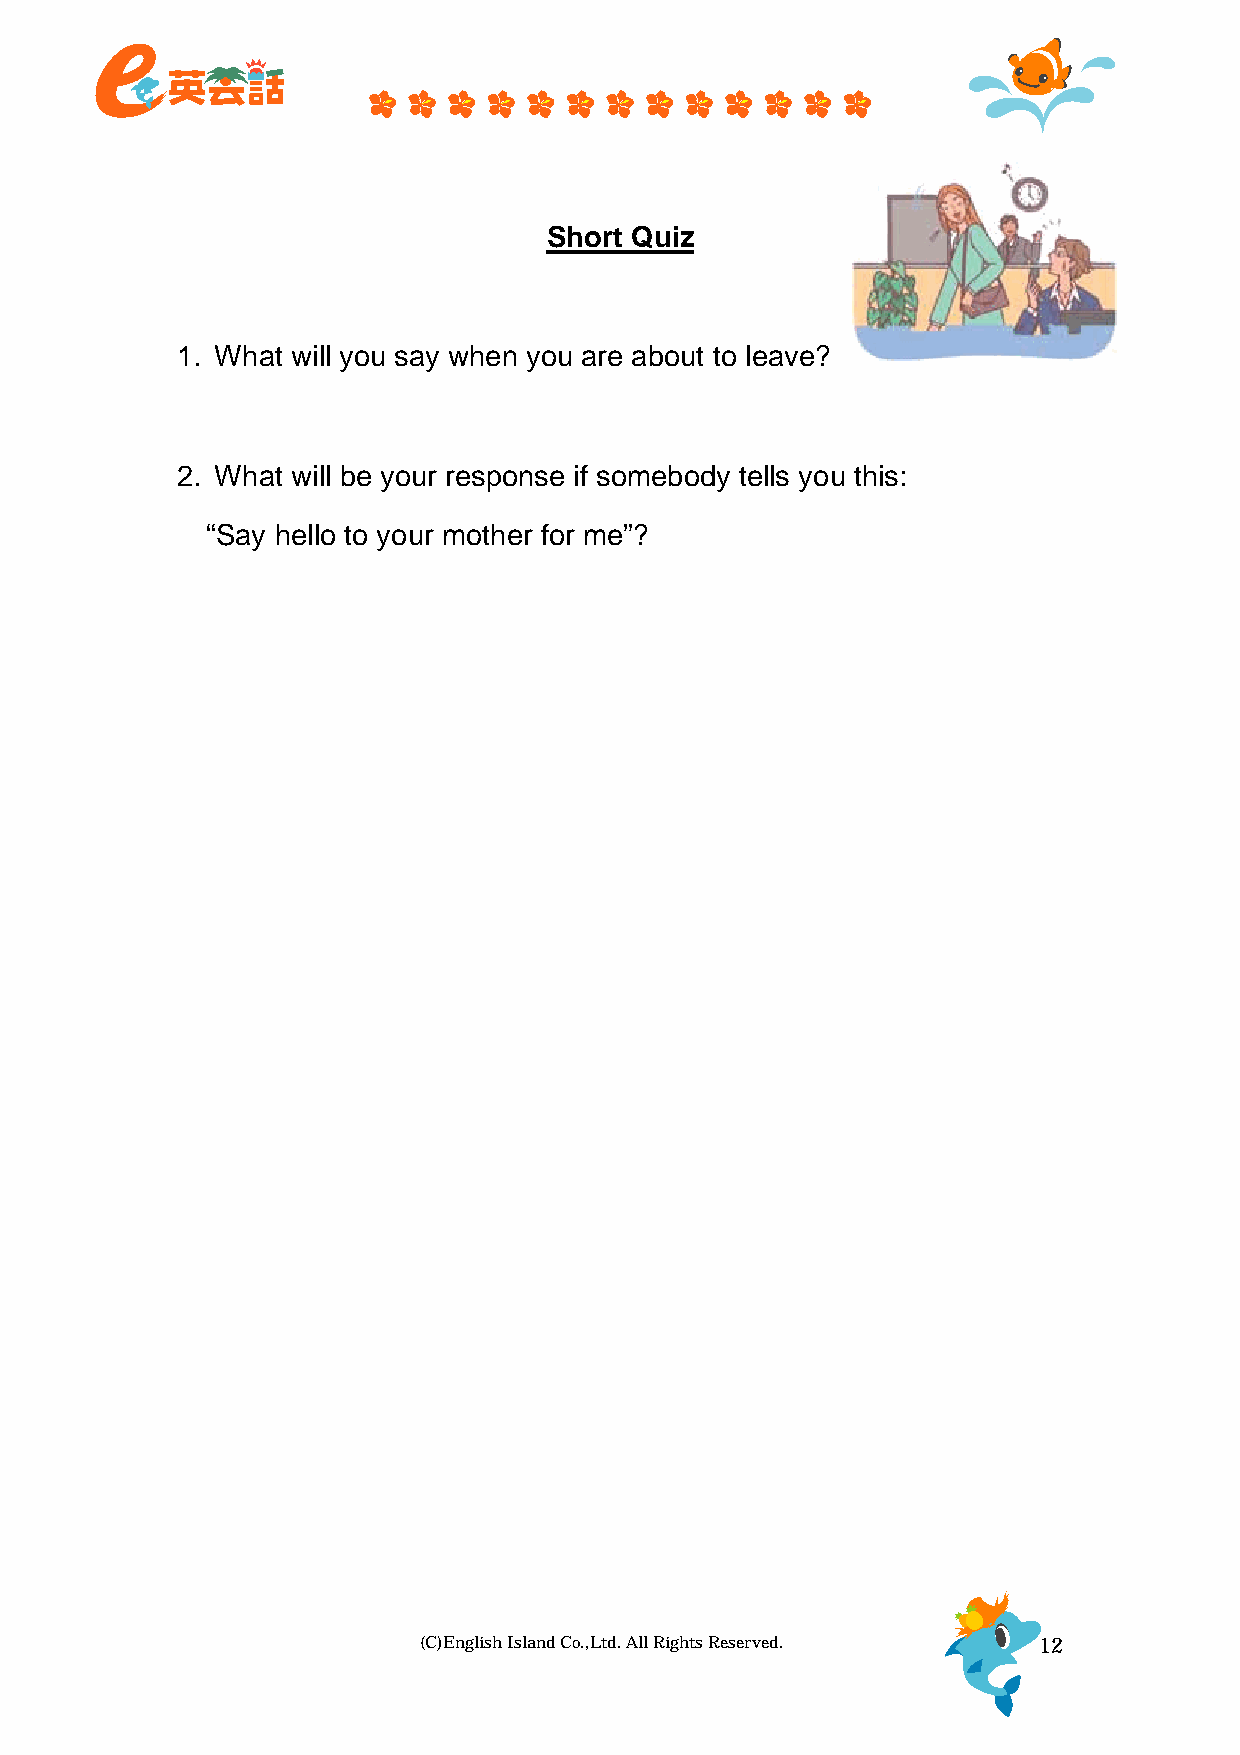
Short Quiz
 1. What will you say when you are about to leave?
 2. What will be your response if somebody tells you this:
 “Say hello to your mother for me”?
 (C)English Island Co.,Ltd. All Rights Reserved. 12